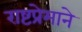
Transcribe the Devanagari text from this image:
राष्टप्रेमाने